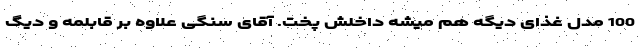
100 مدل غذای دیگه هم میشه داخلش پخت. آقای سنگی علاوه بر قابلمه و دیگ